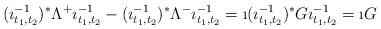
LaTeX: \begin{align*}(\imath_{t_1,t_2}^{-1})^*\Lambda^+\imath_{t_1,t_2}^{-1}-(\imath_{t_1,t_2}^{-1})^*\Lambda^-\imath_{t_1,t_2}^{-1}=\i (\imath_{t_1,t_2}^{-1})^*G\imath_{t_1,t_2}^{-1}=\i G\end{align*}